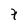
Character: 7